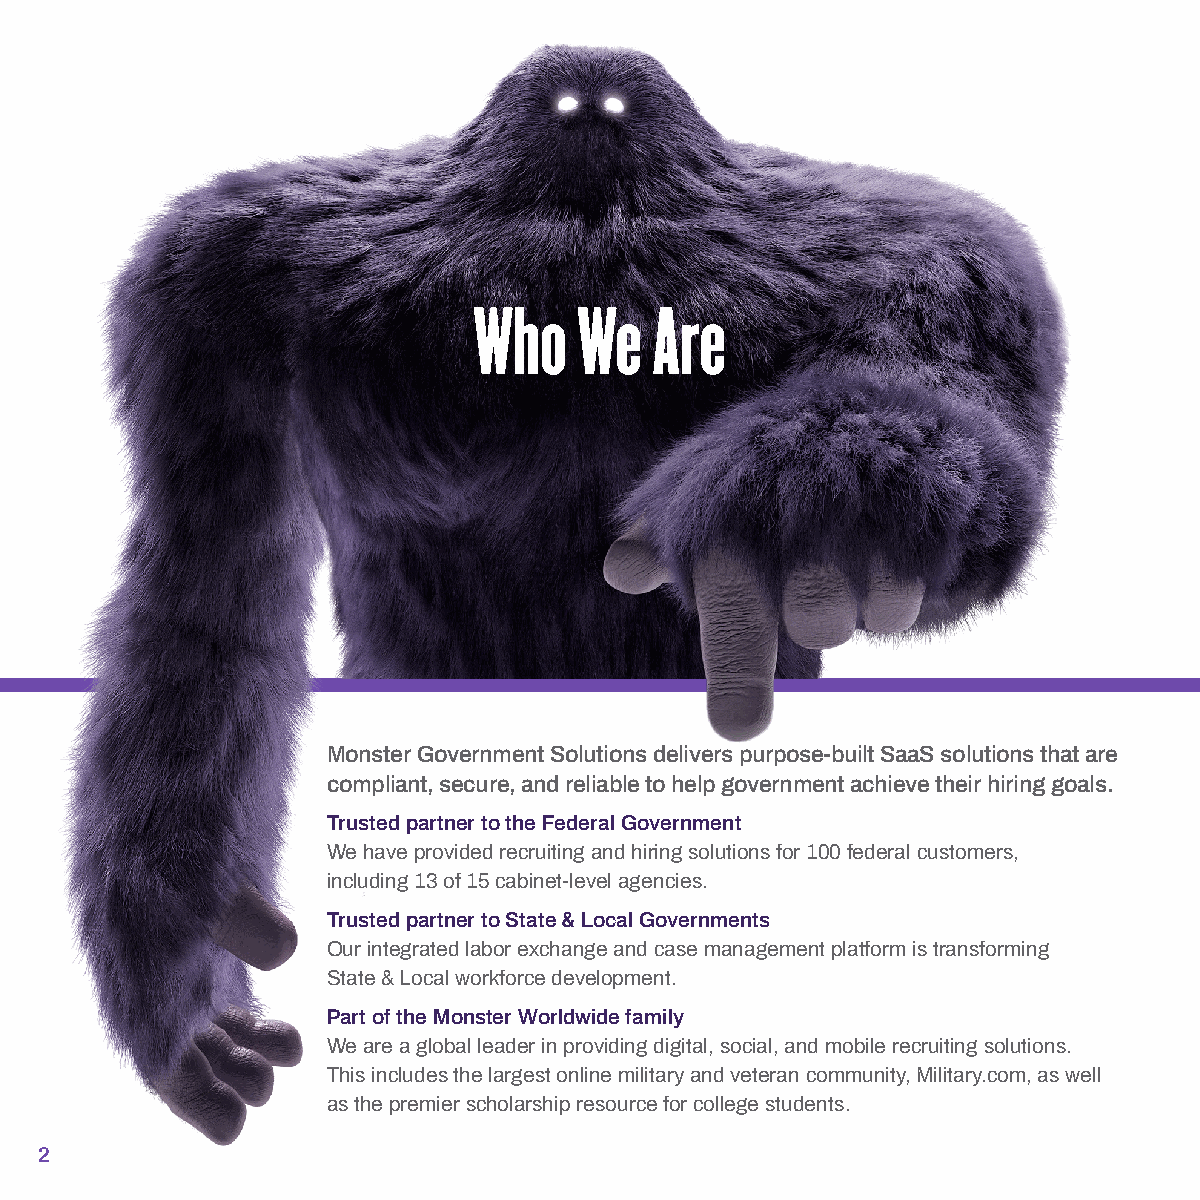
Who    We   Are
 Monster Government Solutions delivers purpose-built SaaS solutions that are
 compliant, secure, and reliable to help government achieve their hiring goals.
 Trusted partner to the Federal Government
 We have provided recruiting and hiring solutions for 100 federal customers,
 including 13 of 15 cabinet-level agencies.
 Trusted partner to State & Local Governments
 Our integrated labor exchange and case management platform is transforming
 State & Local workforce development.
 Part of the Monster Worldwide family
 We are a global leader in providing digital, social, and mobile recruiting solutions.
 This includes the largest online military and veteran community, Military.com, as well
 as the premier scholarship resource for college students.
 2